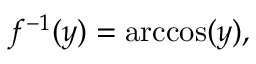
f ^ { - 1 } ( y ) = \operatorname { a r c c o s } ( y ) ,